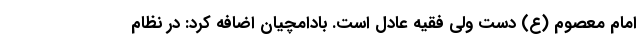
امام معصوم (ع) دست ولی فقیه عادل است. بادامچیان اضافه کرد: در نظام